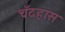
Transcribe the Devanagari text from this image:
चँदहास